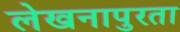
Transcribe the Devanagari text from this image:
लेखनापुरता